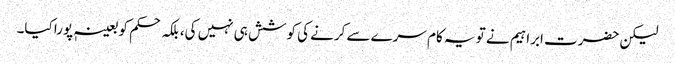
لیکن حضرت ابراہیم نے تو یہ کام سرے سے کرنے کی کوشش ہی نہیں کی، بلکہ حکم کو بعینہٖ پورا کیا۔